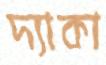
দ্যাকা